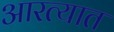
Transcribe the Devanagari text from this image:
आरत्यात